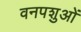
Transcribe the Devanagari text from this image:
वनपशुओं